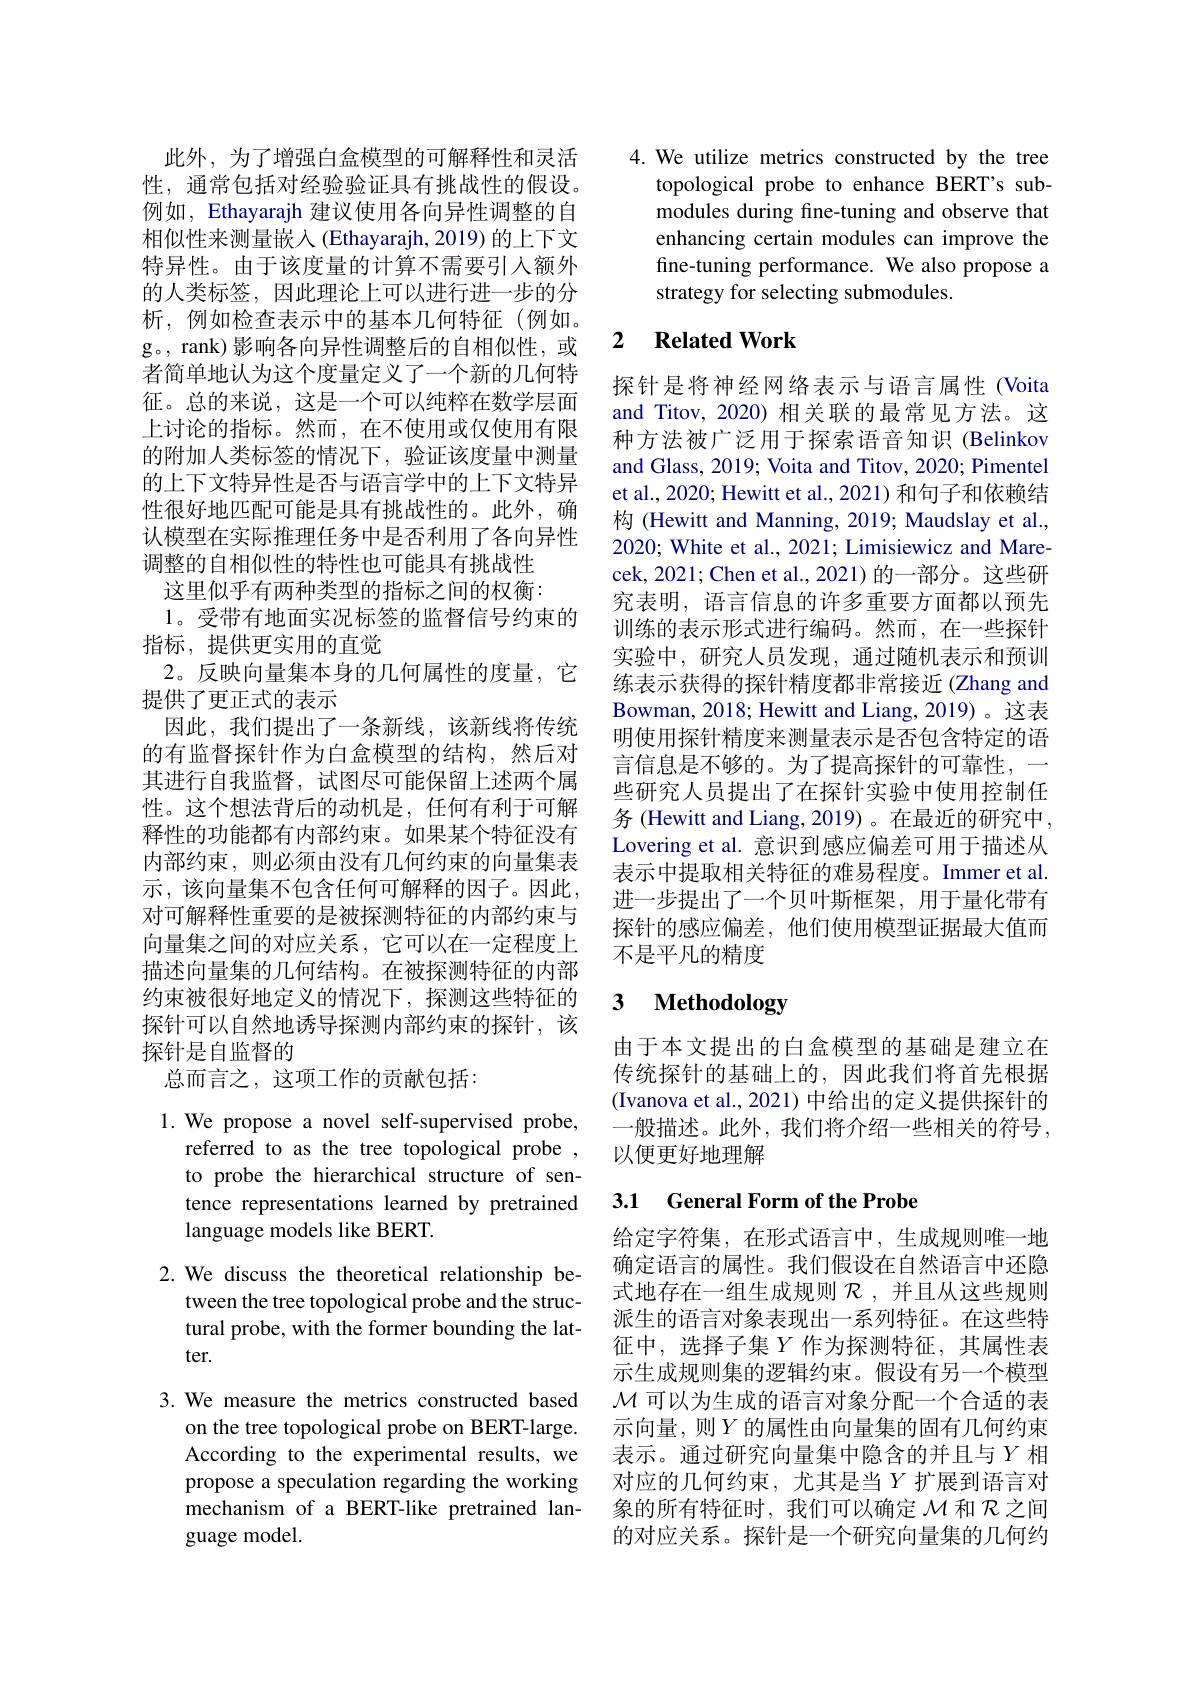
此外，为了增强白盒模型的可解释性和灵活性，通常包括对经验验证具有挑战性的假设。例如，Ethayarajh 建议使用各向异性调整的自相似性来测量嵌入(Ethayarajh,2019)的上下文特异性。由于该度量的计算不需要引入额外的人类标签，因此理论上可以进行进一步的分析，例如检查表示中的基本几何特征(例如。g。, rank)影响各向异性调整后的自相似性，或者简单地认为这个度量定义了一个新的几何特征。总的来说，这是一个可以纯粹在数学层面上讨论的指标。然而，在不使用或仅使用有限的附加人类标签的情况下，验证该度量中测量的上下文特异性是否与语言学中的上下文特异性很好地匹配可能是具有挑战性的。此外，确认模型在实际推理任务中是否利用了各向异性调整的自相似性的特性也可能具有挑战性
这里似乎有两种类型的指标之间的权衡：
1。受带有地面实况标签的监督信号约束的
指标，提供更实用的直觉
2。反映向量集本身的几何属性的度量，它
提供了更正式的表示
因此，我们提出了一条新线，该新线将传统的有监督探针作为白盒模型的结构，然后对其进行自我监督，试图尽可能保留上述两个属性。这个想法背后的动机是，任何有利于可解释性的功能都有内部约束。如果某个特征没有内部约束，则必须由没有几何约束的向量集表示，该向量集不包含任何可解释的因子。因此， 对可解释性重要的是被探测特征的内部约束与向量集之间的对应关系，它可以在一定程度上描述向量集的几何结构。在被探测特征的内部约束被很好地定义的情况下，探测这些特征的探针可以自然地诱导探测内部约束的探针，该探针是自监督的
总而言之，这项工作的贡献包括：

1. We propose a novel self-supervised probe,
referred to as the tree topological probe , to probe the hierarchical structure of sentence representations learned by pretrained language models like BERT.

2. We discuss the theoretical relationship be-
tween the tree topological probe and the structural probe, with the former bounding the latter.

3.We measure the metrics constructed based
on the tree topological probe on BERT-large. According to the experimental results, we propose a speculation regarding the working mechanism of a BERT-like pretrained language model.

4. We utilize metrics constructed by the tree
topological probe to enhance BERT's submodules during fine-tuning and observe that enhancing certain modules can improve the fine-tuning performance. We also propose a strategy for selecting submodules.

## 2 $\textbf{Related Work}$

探针是将神经网络表示与语言属性(Voita and Titov, 2020) 相关联的最常见方法。这种方法被广泛用于探索语音知识 (Belinkow) and Glass, 2019; Voita and Titov, 2020; Pimentel et al., 2020; Hewitt et al., 2021) 和句子和依赖结构 (Hewitt and Manning, 2019; Maudslay et al., 2020; White et al., 2021; Limisiewicz and Marecek, 2021; Chen et al., 2021) 的一部分。这些研究表明，语言信息的许多重要方面都以预先训练的表示形式进行编码。然而，在一些探针实验中，研究人员发现，通过随机表示和预训练表示获得的探针精度都非常接近(Zhang and Bowman, 2018; Hewitt and Liang, 2019) 。这表明使用探针精度来测量表示是否包含特定的语言信息是不够的。为了提高探针的可靠性，一些研究人员提出了在探针实验中使用控制任务 (Hewitt and Liang, 2019) 。在最近的研究中Lovering et al. 意识到感应偏差可用于描述从表示中提取相关特征的难易程度。Immer et al. 进一步提出了一个贝叶斯框架，用于量化带有探针的感应偏差，他们使用模型证据最大值而不是平凡的精度

# 3 Methodology

由于本文提出的白盒模型的基础是建立在传统探针的基础上的，因此我们将首先根据(Ivanova et al., 2021) 中给出的定义提供探针的一般描述。此外，我们将介绍一些相关的符号， 以便更好地理解

## 3.1 General Form of the Probe

给定字符集，在形式语言中，生成规则唯一地确定语言的属性。我们假设在自然语言中还隐式地存在一组生成规则$\mathcal{R}$ ,并且从这些规则派生的语言对象表现出一系列特征。在这些特征中，选择子集$Y$ 作为探测特征，其属性表示生成规则集的逻辑约束。假设有另一个模型$\mathcal{M}$可以为生成的语言对象分配一个合适的表示向量，则$Y$的属性由向量集的固有几何约束表示。通过研究向量集中隐含的并且与$Y$ 相对应的几何约束，尤其是当$Y$ 扩展到语言对象的所有特征时，我们可以确定$\mathcal{M}$和$\mathcal{R}$之间的对应关系。探针是一个研究向量集的几何约